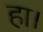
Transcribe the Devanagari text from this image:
हा।